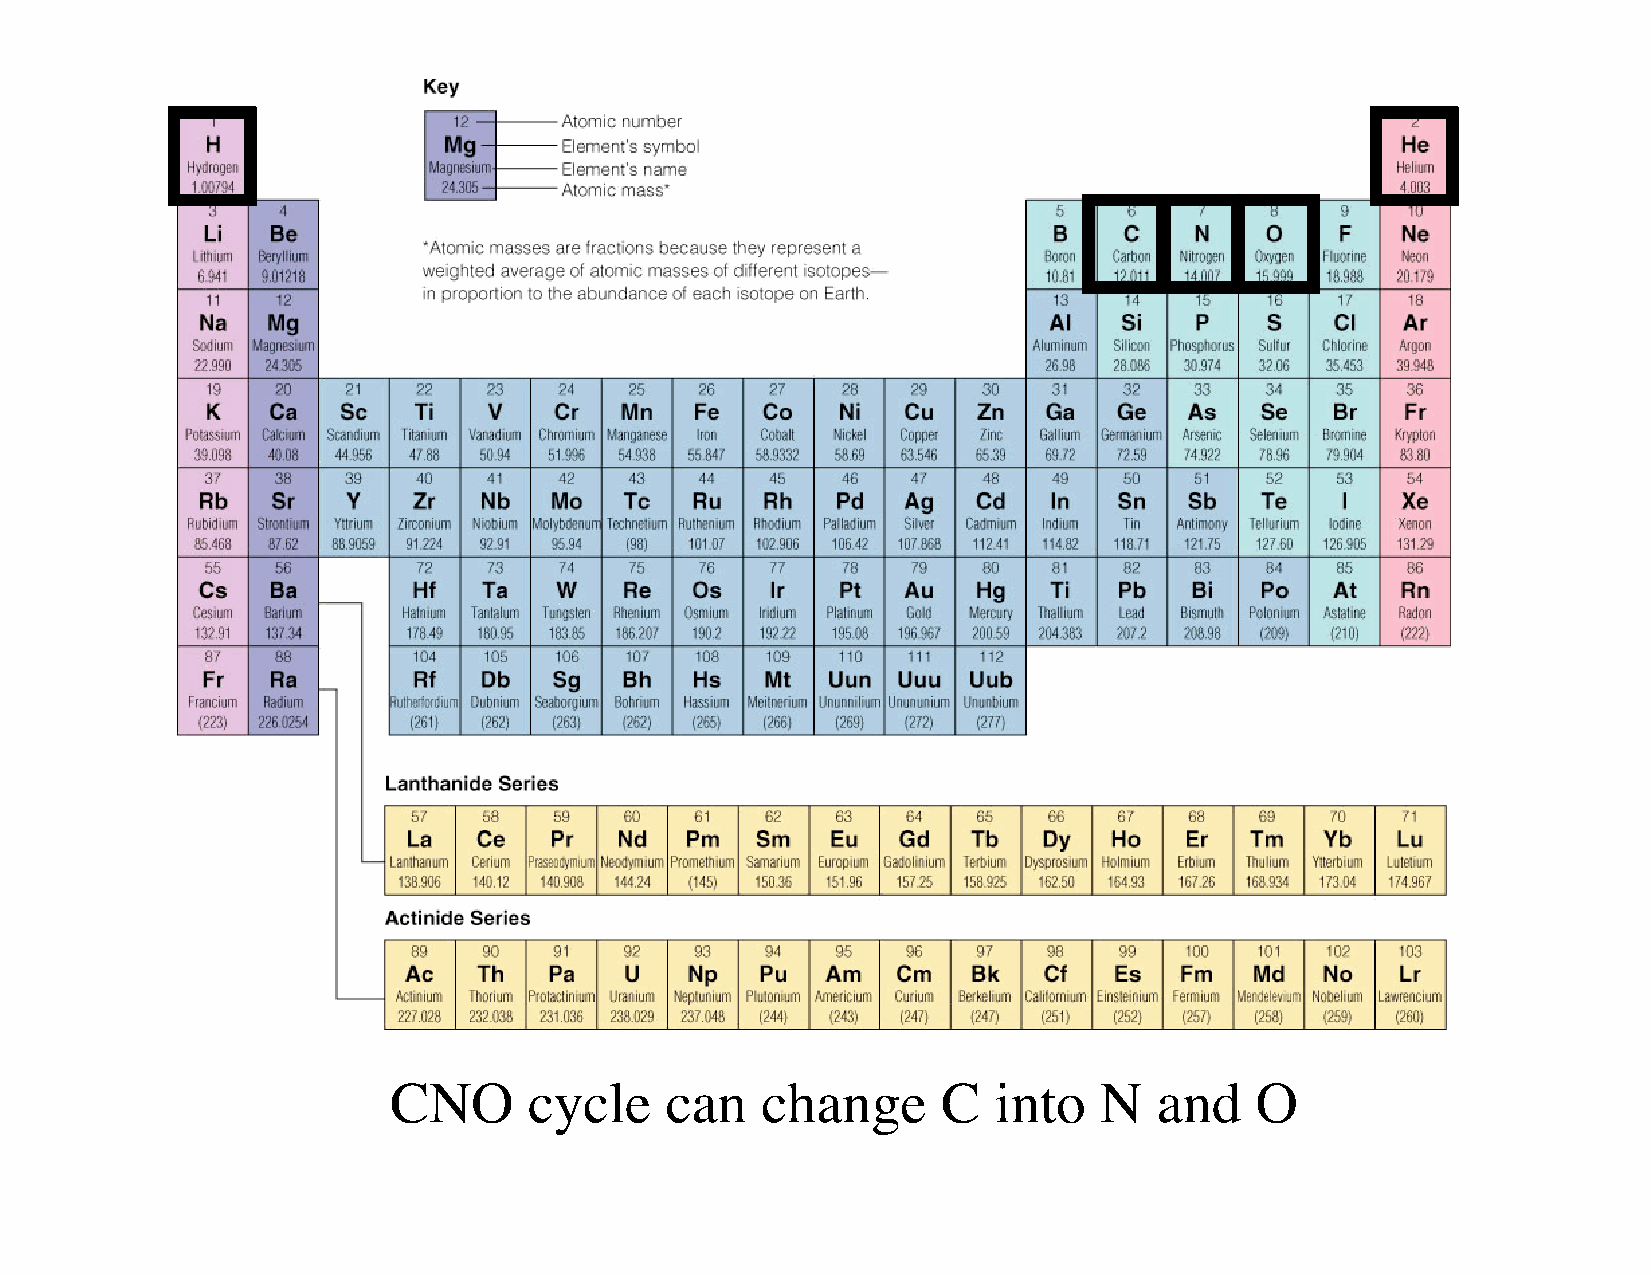
CNO      cycle    can   change      C   into   N   and   O